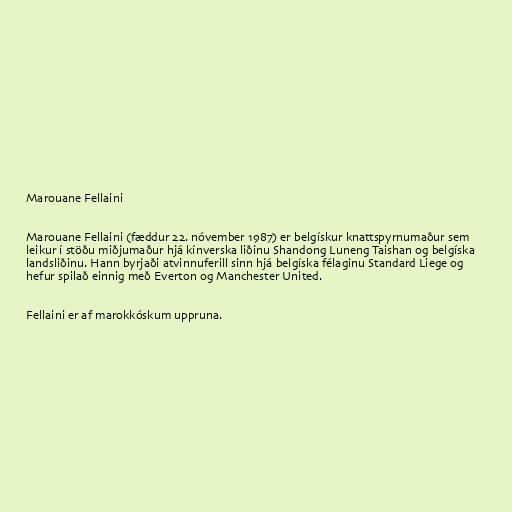
Marouane Fellaini

Marouane Fellaini (fæddur 22. nóvember 1987) er belgískur knattspyrnumaður sem
leikur í stöðu miðjumaður hjá kínverska liðinu Shandong Luneng Taishan og belgíska
landsliðinu. Hann byrjaði atvinnuferill sinn hjá belgíska félaginu Standard Liege og
hefur spilað einnig með Everton og Manchester United.

Fellaini er af marokkóskum uppruna.